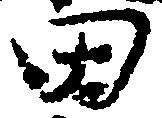
田